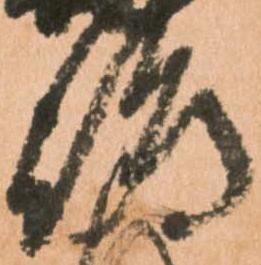
嶋